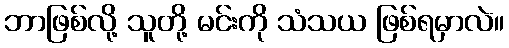
ဘာဖြစ်လို့ သူတို့ မင်းကို သံသယ ဖြစ်ရမှာလဲ။